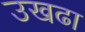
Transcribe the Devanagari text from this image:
उखढा